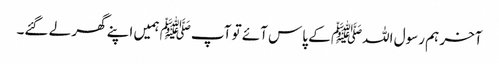
آخر ہم رسول اللہﷺ کے پاس آئے تو آپﷺ ہمیں اپنے گھر لے گئے۔